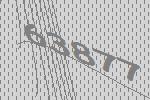
63877